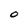
Character: O